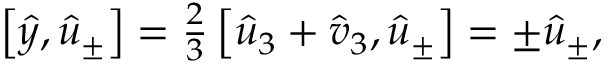
\begin{array} { r } { \left[ \hat { y } , \hat { u } _ { \pm } \right] = \frac { 2 } { 3 } \left[ \hat { u } _ { 3 } + \hat { v } _ { 3 } , \hat { u } _ { \pm } \right] = \pm \hat { u } _ { \pm } , } \end{array}